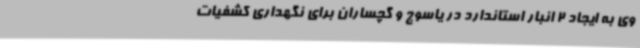
وی به ایجاد 2 انبار استاندارد در یاسوج و گچساران برای نگهداری کشفیات